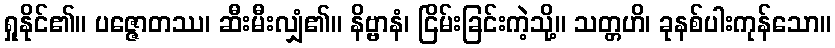
ရှုနိုင်၏။ ပဇ္ဇောတဿ၊ ဆီးမီးလျှံ၏။ နိဗ္ဗာနံ၊ ငြိမ်းခြင်းကဲ့သို့။ သတ္တဟိ၊ ခုနစ်ပါးကုန်သော။